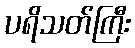
ပရိသတ်ကြီး